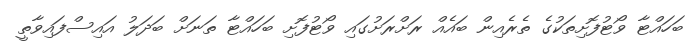
ބަހައްޓާ ވޯޓުފޮށިތަކުގެ ތެރެއިން ބައެއް ރަށްރަށުގައި ވޯޓުފޮށި ބަހައްޓާ ތަނަށް ބަދަލު އައިސްފައިވާތީ